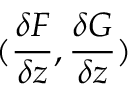
( \frac { \delta F } { \delta z } , \frac { \delta G } { \delta z } )